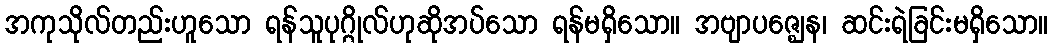
အကုသိုလ်တည်းဟူသော ရန်သူပုဂ္ဂိုလ်ဟုဆိုအပ်သော ရန်မရှိသော။ အဗျာပဇ္ဈေန၊ ဆင်းရဲခြင်းမရှိသော။